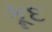
કૂદ